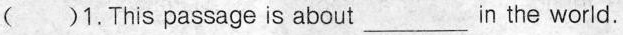
()1.This passage is about___in the world.